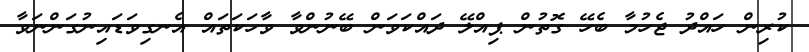
ކުރިން ހައްދު ޖެހުމާ ބެހޭ ގޮތުން ޕިއްލޭ ދައްކަވަން ބޭނުންވާ ވާހަކަތައް އެނގިވަޑައިނުގަންނަވާ